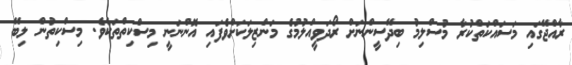
ރާއްޖޭގައި މަސައްކަތްކުރާ މުސްލިމު ބިދޭސީންނަށް ރޯދަވީއްލުމުގެ މަންޒިލަކަށްވެފައި އޮންނަނީ މިސްކިތްތަކެވެ. މިސްކިތުން ލިބޭ